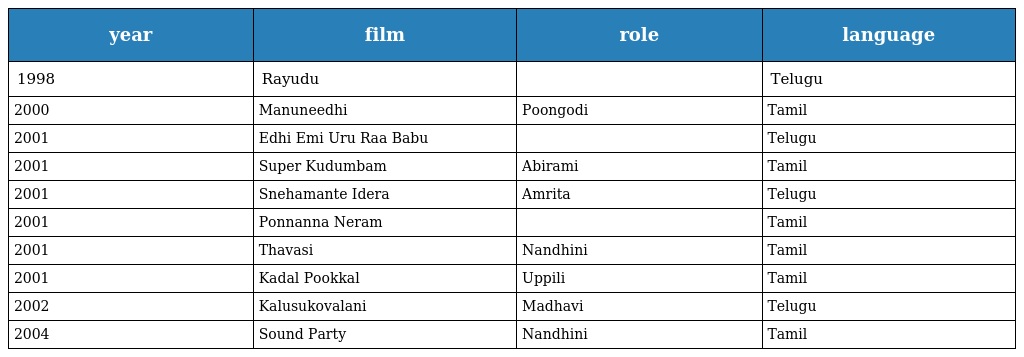
| year | film | role | language |
 | --- | --- | --- | --- |
 | 1998 | Rayudu |  | Telugu |
 | 2000 | Manuneedhi | Poongodi | Tamil |
 | 2001 | Edhi Emi Uru Raa Babu |  | Telugu |
 | 2001 | Super Kudumbam | Abirami | Tamil |
 | 2001 | Snehamante Idera | Amrita | Telugu |
 | 2001 | Ponnanna Neram |  | Tamil |
 | 2001 | Thavasi | Nandhini | Tamil |
 | 2001 | Kadal Pookkal | Uppili | Tamil |
 | 2002 | Kalusukovalani | Madhavi | Telugu |
 | 2004 | Sound Party | Nandhini | Tamil |